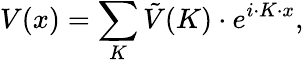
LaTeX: V(x)=\sum_{K}{\tilde{V}}(K)\cdot e^{i\cdot K\cdot x},